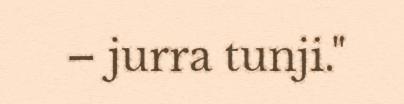
– jurra tunji."